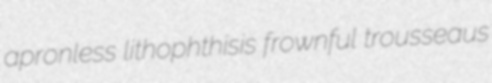
apronless lithophthisis frownful trousseaus